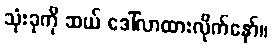
သုံးခုကို ဆယ် ဒေါ်လာထားလိုက်နော်။